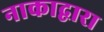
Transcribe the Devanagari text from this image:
नाकाद्वारा